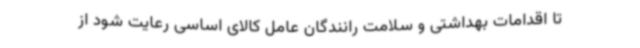
تا اقدامات بهداشتی و سلامت رانندگان عامل کالای اساسی رعایت شود از